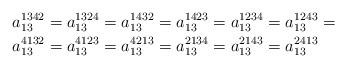
LaTeX: \begin{align*}a_{13}^{1342} & =a_{13}^{1324}=a_{13}^{1432}=a_{13}^{1423}=a_{13}^{1234}=a_{13}^{1243}=\\a_{13}^{4132} & =a_{13}^{4123}=a_{13}^{4213}=a_{13}^{2134}=a_{13}^{2143}=a_{13}^{2413}\end{align*}